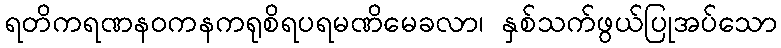
ရတိကရဏနဝကနကရုစိရပရမဏိမေခလာ၊ နှစ်သက်ဖွယ်ပြုအပ်သော